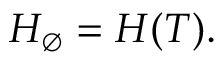
H _ { \varnothing } = H ( { \cal T } ) .